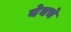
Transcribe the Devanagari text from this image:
येवचे